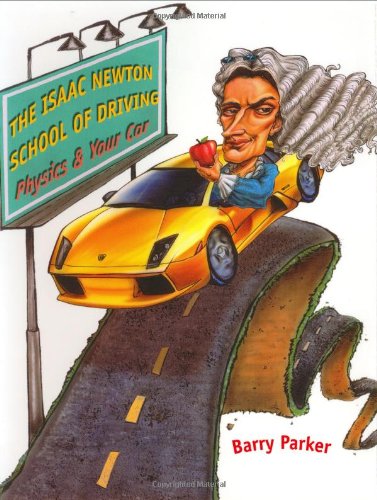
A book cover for The Isaac Newton School of Driving: Physics and Your Car; Barry Parker; Test Preparation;